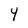
Character: 4